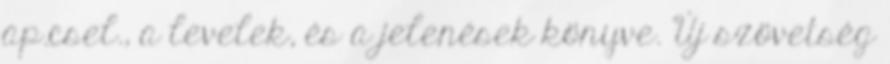
ap.csel., a levelek, és a jelenések könyve. Új szövetség